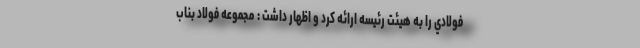
فولادي را به هيئت رئيسه ارائه كرد و اظهار داشت : مجموعه فولاد بناب